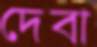
দেবা